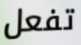
تفعل